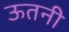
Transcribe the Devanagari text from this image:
ऊतनी